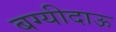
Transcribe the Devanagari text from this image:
बग्यीदाऊ